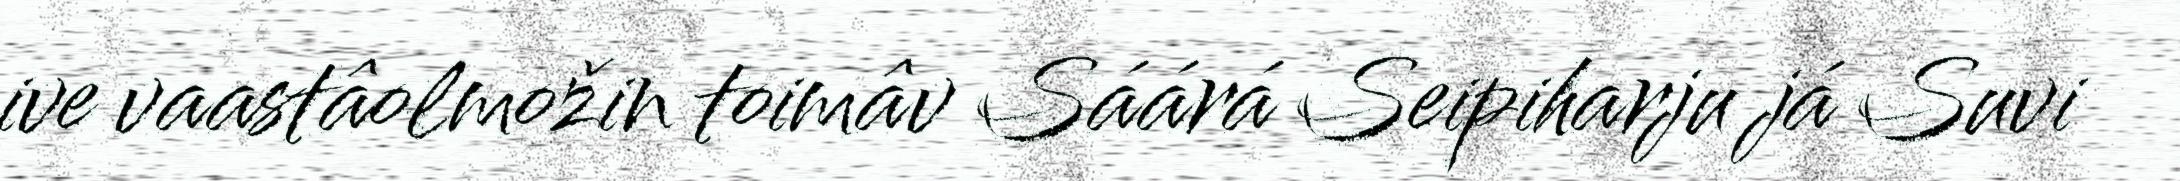
ive vaastâolmožin toimâv Sáárá Seipiharju já Suvi